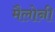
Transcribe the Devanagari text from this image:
मैलोनी